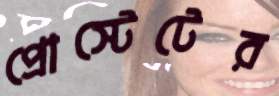
প্রোস্টেটের